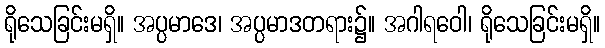
ရိုသေခြင်းမရှိ။ အပ္ပမာဒေ၊ အပ္ပမာဒတရား၌။ အဂါရဝေါ၊ ရိုသေခြင်းမရှိ။